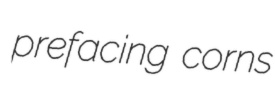
prefacing corns